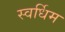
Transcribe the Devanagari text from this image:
स्वर्धिम